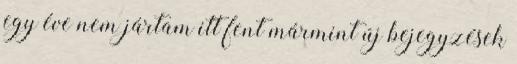
egy éve nem jártam itt fent mármint új bejegyzések